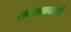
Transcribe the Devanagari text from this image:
सर्वेक्षणकर्ताओं